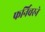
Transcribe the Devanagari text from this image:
फर्निचरने